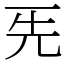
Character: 𠀡